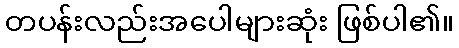
တပန်းလည်းအပေါများဆုံး ဖြစ်ပါ၏။